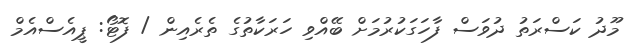
މޫދު ކަސްރަތު ދުވަސް ފާހަގަކުރުމަށް ބޭއްވި ހަރަކާތުގެ ތެރެއިން / ފޮޓޯ: ޕީއެސްއެމް